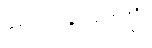
လေခသုတ္တံ